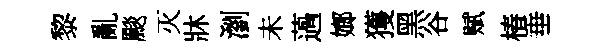
黎亂颷灭牀瀏未薖嫏獲黑谷赋椿垂